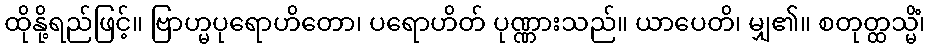
ထိုနို့ရည်ဖြင့်။ ဗြာဟ္မပုရောဟိတော၊ ပရောဟိတ် ပုဏ္ဏားသည်။ ယာပေတိ၊ မျှ၏။ စတုတ္ထသ္မိံ၊